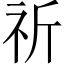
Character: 祈